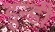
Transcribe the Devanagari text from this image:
डुन्डी